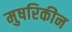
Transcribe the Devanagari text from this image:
मुषरिकीन